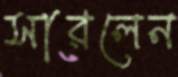
সারলেন